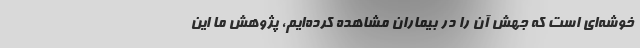
خوشه‌ای است که جهش آن را در بیماران مشاهده کرده‌ایم، پژوهش ما این